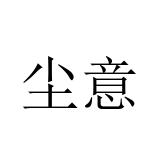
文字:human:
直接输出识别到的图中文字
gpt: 尘意